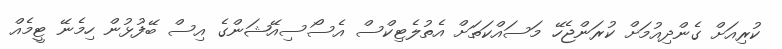
ކުރިއަށް ގެންދިއުމަށް ކުރަންޖެހޭ މަސައްކަތަށް އެތުލެޓިކްސް އެސޯސިއޭޝަންގެ އިސް ބޭފުޅުން ހިމެނޭ ޓީމެއް